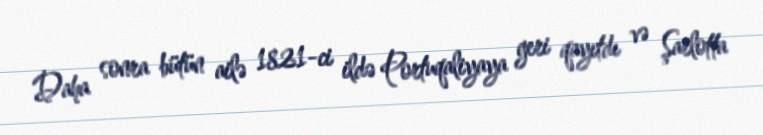
Daha sonra bütün ailə 1821-ci ildə Portuqaliyaya geri qayıtdı və Şarlotta